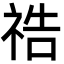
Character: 祰